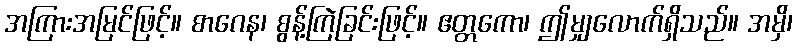
အကြားအမြင်ဖြင့်။ စာဂေန၊ စွန့်ကြဲခြင်းဖြင့်။ ဧတ္တကော၊ ဤမျှလောက်ရှိသည်။ အမှိ၊